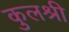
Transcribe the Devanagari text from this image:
कुलश्री